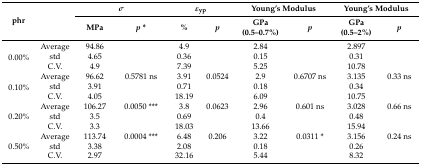
<table><thead><tr><td rowspan="2"><b>phr</b></td><td rowspan="2"></td><td colspan="2"><b><i>σ</i></b></td><td colspan="2"><b><i>ε</i><sub>yp</sub></b></td><td colspan="2"><b>Young’s Modulus</b></td><td colspan="2"><b>Young’s Modulus</b></td></tr><tr><td><b>MPa</b></td><td><b><i>p</i> *</b></td><td><b>%</b></td><td><b><i>p</i></b></td><td><b>GPa (0.5–0.7%)</b></td><td><b><i>p</i></b></td><td><b>GPa (0.5–2%)</b></td><td><b><i>p</i></b></td></tr></thead><tbody><tr><td rowspan="3">0.00%</td><td>Average</td><td>94.86</td><td></td><td>4.9</td><td></td><td>2.84</td><td></td><td>2.897</td><td></td></tr><tr><td>std</td><td>4.65</td><td></td><td>0.36</td><td></td><td>0.15</td><td></td><td>0.31</td><td></td></tr><tr><td>C.V.</td><td>4.9</td><td></td><td>7.39</td><td></td><td>5.25</td><td></td><td>10.78</td><td></td></tr><tr><td rowspan="3">0.10%</td><td>Average</td><td>96.62</td><td>0.5781 ns</td><td>3.91</td><td>0.0524</td><td>2.9</td><td>0.6707 ns</td><td>3.135</td><td>0.33 ns</td></tr><tr><td>std</td><td>3.91</td><td></td><td>0.71</td><td></td><td>0.18</td><td></td><td>0.34</td><td></td></tr><tr><td>C.V.</td><td>4.05</td><td></td><td>18.19</td><td></td><td>6.09</td><td></td><td>10.75</td><td></td></tr><tr><td rowspan="3">0.20%</td><td>Average</td><td>106.27</td><td>0.0050 ***</td><td>3.8</td><td>0.0623</td><td>2.96</td><td>0.601 ns</td><td>3.028</td><td>0.66 ns</td></tr><tr><td>std</td><td>3.5</td><td></td><td>0.69</td><td></td><td>0.4</td><td></td><td>0.48</td><td></td></tr><tr><td>C.V.</td><td>3.3</td><td></td><td>18.03</td><td></td><td>13.66</td><td></td><td>15.94</td><td></td></tr><tr><td rowspan="3">0.50%</td><td>Average</td><td>113.74</td><td>0.0004 ***</td><td>6.48</td><td>0.206</td><td>3.22</td><td>0.0311 *</td><td>3.156</td><td>0.24 ns</td></tr><tr><td>std</td><td>3.38</td><td></td><td>2.08</td><td></td><td>0.18</td><td></td><td>0.26</td><td></td></tr><tr><td>C.V.</td><td>2.97</td><td></td><td>32.16</td><td></td><td>5.44</td><td></td><td>8.32</td><td></td></tr></tbody></table>